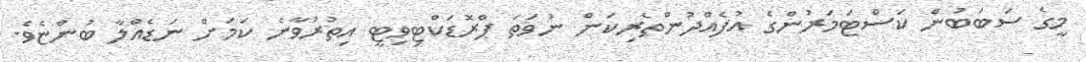
މީގެ ސަބަބުން ކަސްޓަމަރުންގެ އުފެއްދުންތެރިކަން ނުވަތަ ޕްރޮޑަކްޓިވިޓީ އިތުރުވާނެ ކަމަށް ނަޑެއްލާ ބުންޏެވެ.